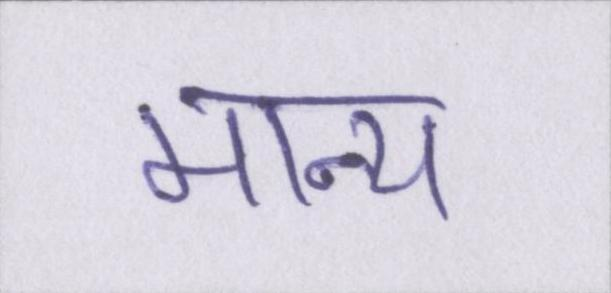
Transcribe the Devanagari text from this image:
मान्य